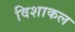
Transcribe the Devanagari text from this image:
विशाकल